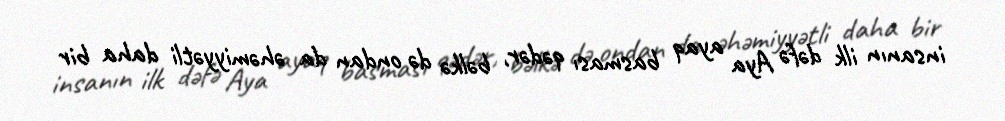
insanın ilk dəfə Aya ayaq basması qədər, bəlkə də ondan da əhəmiyyətli daha bir